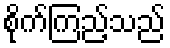
စိုက်ကြည့်သည်